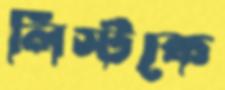
লিস্টকে